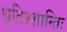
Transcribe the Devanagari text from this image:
धृतिश्शान्तिः